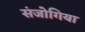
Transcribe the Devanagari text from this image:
संजोगिया